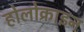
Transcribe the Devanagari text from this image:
होलोक्राइन